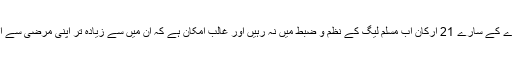
لیکن موجودہ بحران کے بعد شاید یہ سارے کے سارے 21 ارکان اب مسلم لیگ کے نظم و ضبط میں نہ رہیں اور غالب امکان ہے کہ ان میں سے زیادہ تر اپنی مرضی سے اپنی پسند کے امیدواروں کو اپنا ووٹ دیں۔